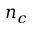
n _ { c }